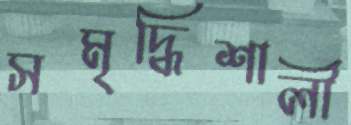
সমৃদ্ধিশালী